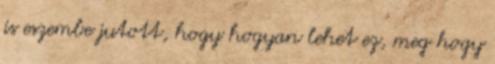
is eszembe jutott, hogy hogyan lehet ez, meg hogy